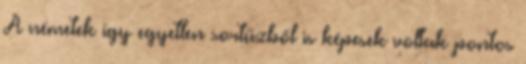
A németek így egyetlen sortűzből is képesek voltak pontos